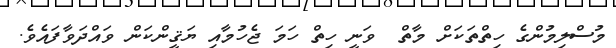
މުސްލިމުންގެ ހިތްތަކަށް މާތް  ވަނީ ހިތް ހަމަ ޖެހުމާއި ޔަޤީންކަން ވައްދަވާފައެވެ.